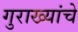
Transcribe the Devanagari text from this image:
गुराख्यांचे